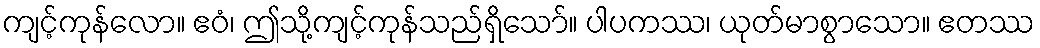
ကျင့်ကုန်လော။ ဧဝံ၊ ဤသို့ကျင့်ကုန်သည်ရှိသော်။ ပါပကဿ၊ ယုတ်မာစွာသော။ ဧတဿ